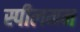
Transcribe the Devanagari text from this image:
स्पीलमन